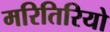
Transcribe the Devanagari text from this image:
मरितिरियो